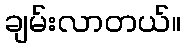
ချမ်းလာတယ်။